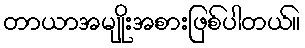
တာယာအမျိုးအစားဖြစ်ပါတယ်။